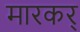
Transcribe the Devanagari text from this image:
मारकर्